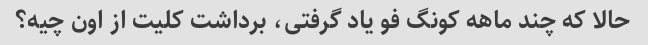
حالا که چند ماهه کونگ فو یاد گرفتی، برداشت کلیت از اون چیه؟